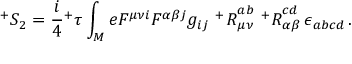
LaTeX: ^ { + } S _ { 2 } = \frac { i } { 4 } { ^ + \tau } \int _ { M } e F ^ { \mu \nu i } F ^ { \alpha \beta j } g _ { i j } \, \, { ^ + { \cal R } } _ { \mu \nu } ^ { a b } \, \, { ^ + { \cal R } } _ { \alpha \beta } ^ { c d } \, \epsilon _ { a b c d } \, .